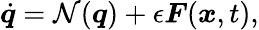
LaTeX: \dot{\boldsymbol{q}}=\mathcal{N}(\boldsymbol{q})+\epsilon\boldsymbol{F}(\boldsymbol{x},t),